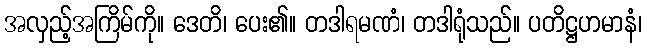
အလှည့်အကြိမ်ကို။ ဒေတိ၊ ပေး၏။ တဒါရမဏံ၊ တဒါရုံသည်။ ပတိဋ္ဌဟမာနံ၊